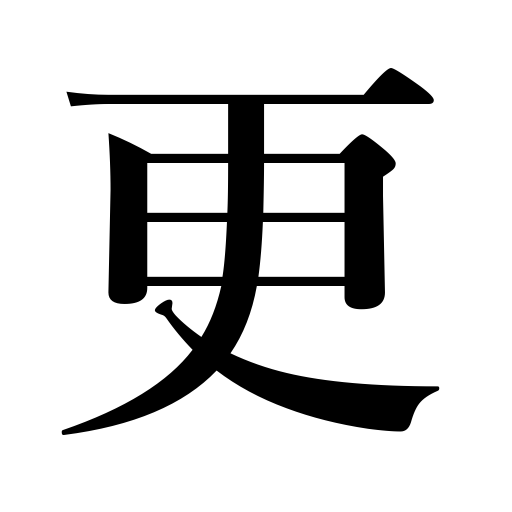
Meanings: after all,reach the height of the season,a watch of the night,get late,sit up late,again,grow old,more and more